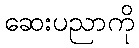
ဆေးပညာကို